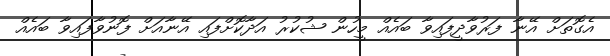
އެގޮތަށް އޭނާ ފަރުވާދީފައިވާ ބައެއް މީހުން ޝުކުރު އަދާކޮށްފައި އޭނާއަށް ފޮނުވާފައިވާ ބައެއް